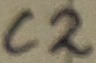
Text: C2